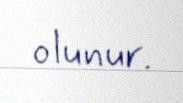
olunur.